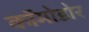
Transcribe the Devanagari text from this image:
कॉमोडोर